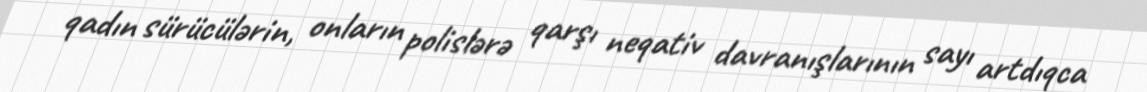
qadın sürücülərin, onların polislərə qarşı neqativ davranışlarının sayı artdıqca